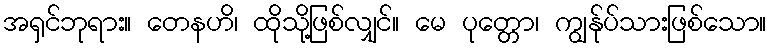
အရှင်ဘုရား။ တေနဟိ၊ ထိုသို့ဖြစ်လျှင်။ မေ ပုတ္တော၊ ကျွန်ုပ်သားဖြစ်သော။